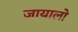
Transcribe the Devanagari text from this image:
ज़ायालो